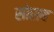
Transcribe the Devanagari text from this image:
सोराब